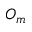
O _ { m }